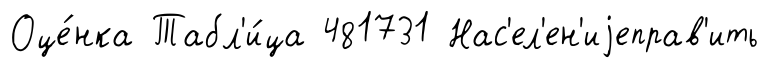
Оце́нка Табл'и́ца 481731 Нас'ел'ен'иjеправ'ить